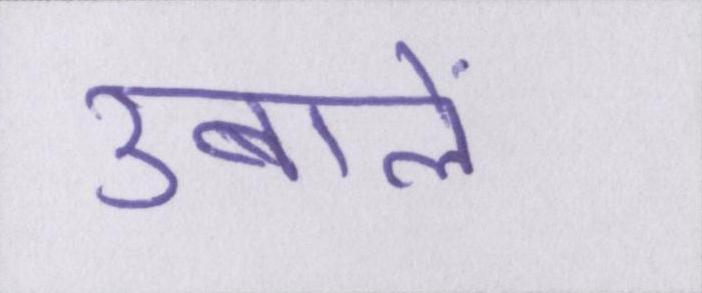
उबालें